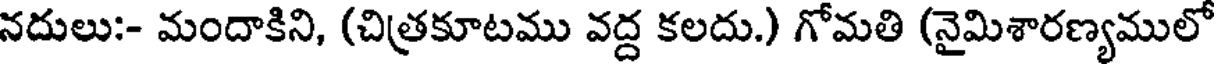
నదులు:- మందాకిని, (చిత్రకూటము వద్ద కలదు.) గోమతి (నైమిశారణ్యములో